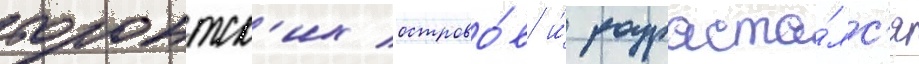
торонтск'их острово́в и́ разраста́лс'я